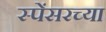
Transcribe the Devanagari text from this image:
स्पेंसरच्या